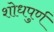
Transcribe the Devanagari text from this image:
शोधपुर्ण